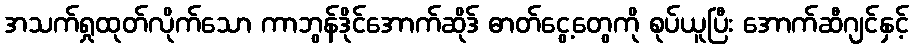
အသက်ရှုထုတ်လိုက်သော ကာဘွန်ဒိုင်အောက်ဆိုဒ် ဓာတ်ငွေ့တွေကို စုပ်ယူပြီး အောက်ဆီဂျင်နှင့်